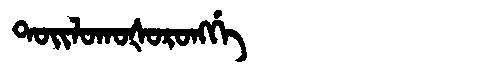
Manchu: ᡨᠣᡳᠯᠣᡴᠣᡧᠣᡵᠣᠩᡤᡝ
Romanization: TOILOKOŠORONGGE